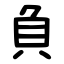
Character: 負